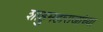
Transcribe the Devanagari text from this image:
शाहुमहाराजांच्या